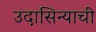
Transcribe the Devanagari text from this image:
उदासिन्याची